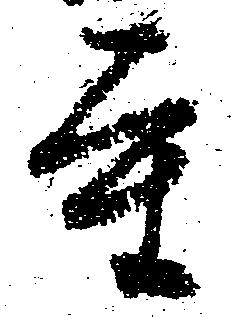
重